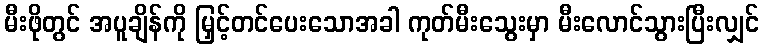
မီးဖိုတွင် အပူချိန်ကို မြှင့်တင်ပေးသောအခါ ကုတ်မီးသွေးမှာ မီးလောင်သွားပြီးလျှင်